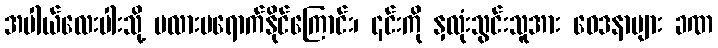
အပါယ်လေးပါးသို့ မလားမရောက်နိုင်ကြောင်း၊ ၎င်းကို နှလုံးသွင်းသူအား ဝေဒနာများ ခဏ